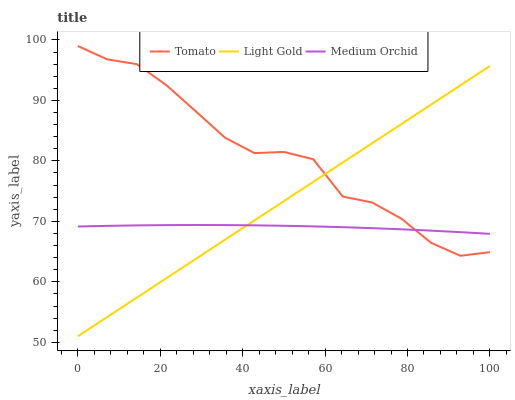
| xaxis_label | Tomato | Light Gold | Medium Orchid |
 | --- | --- | --- | --- |
 | 0 | 99 | 51 | 69.1 |
 | 7.14 | 96.8 | 54.2 | 69.3 |
 | 14.3 | 96 | 57.4 | 69.3 |
 | 21.4 | 92.6 | 60.6 | 69.4 |
 | 28.6 | 88.2 | 63.8 | 69.4 |
 | 35.7 | 83.8 | 67 | 69.4 |
 | 42.9 | 81.3 | 70.2 | 69.3 |
 | 50 | 81.5 | 73.3 | 69.3 |
 | 57.1 | 80.3 | 76.5 | 69.2 |
 | 64.3 | 74.1 | 79.7 | 69 |
 | 71.4 | 73.1 | 82.9 | 68.9 |
 | 78.6 | 70.4 | 86.1 | 68.7 |
 | 85.7 | 66.5 | 89.3 | 68.5 |
 | 92.9 | 64.3 | 92.5 | 68.2 |
 | 100 | 64.9 | 95.7 | 67.9 |